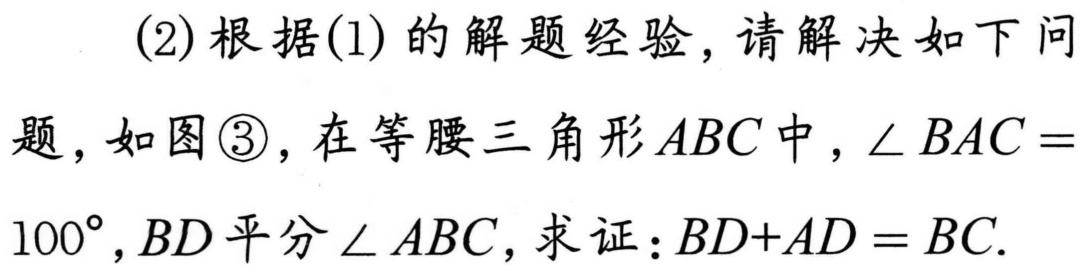
(2)根据(1)的解题经验，请解决如下问
题，如图\textcircled{3}，在等腰三角形\(ABC\)中，\(\angle BAC =
100^{\circ},BD\)平分\(\angle ABC\)，求证：\(BD + AD=BC\).